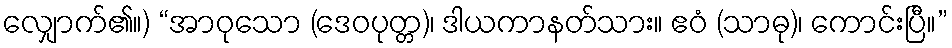
လျှောက်၏။) “အာဝုသော (ဒေဝပုတ္တ)၊ ဒါယကာနတ်သား။ ဧဝံ (သာဓု)၊ ကောင်းပြီ။”